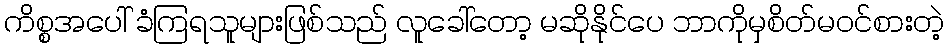
ကိစ္စအပေါ် ခံကြရသူများဖြစ်သည် လူခေါ်တော့ မဆိုနိုင်ပေ ဘာကိုမှစိတ်မဝင်စားတဲ့